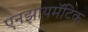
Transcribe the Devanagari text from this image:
एनझायमॅटिक